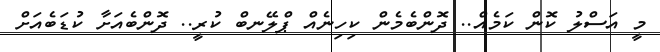
މީ އަސްލު ކޮން ކަމެއް.. ދޮންބެމެން ކިހިނެއް ޕްލޭނބް ކުރީ.. ދޮންބެއަށާ ކުޑަބެއަށް